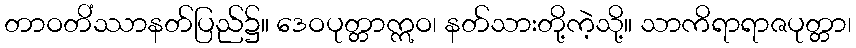
တာဝတိံဿာနတ်ပြည်၌။ ဒေဝပုတ္တာဣဝ၊ နတ်သားတို့ကဲ့သို့။ သာကိရာရာဇပုတ္တာ၊